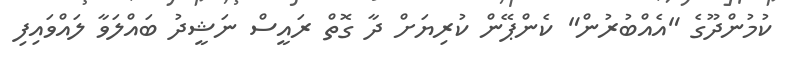
ކުމުންދޫގެ "އެއްބުރުން" ކެންޕޭން ކުރިޔަށް ދާ ގޮތް ރައީސް ނަޝީދު ބަައްލަވާ ލައްވައިފި